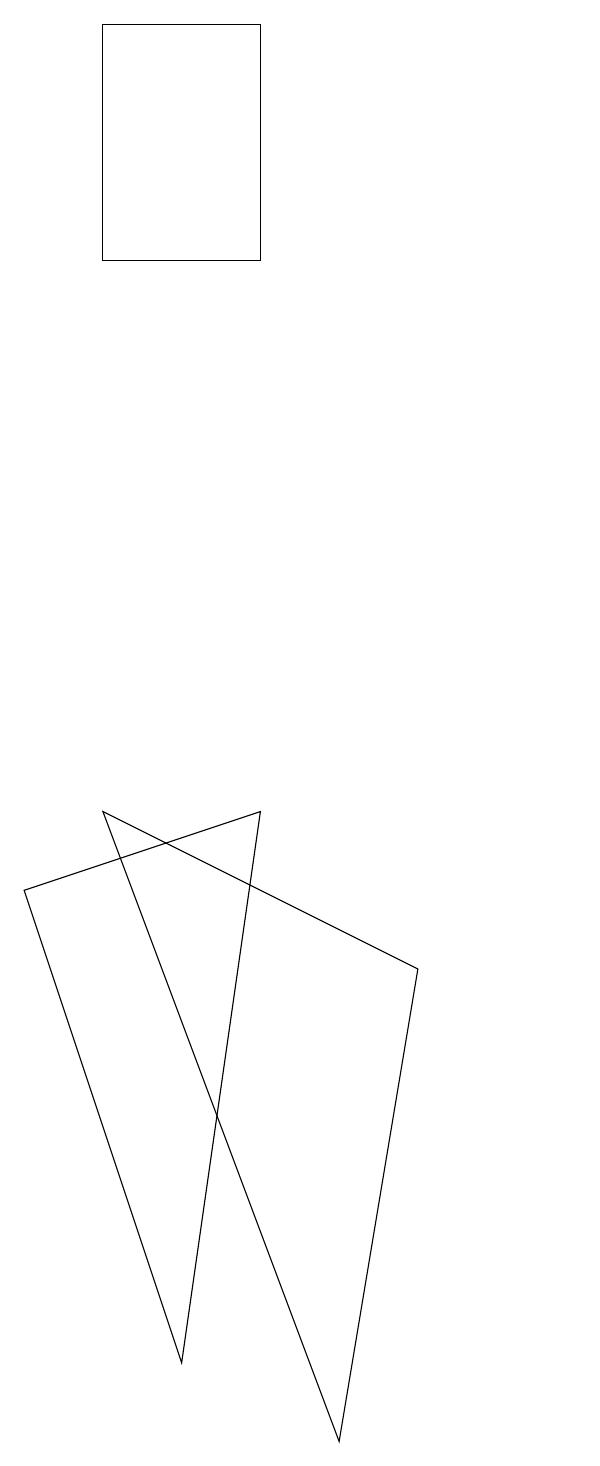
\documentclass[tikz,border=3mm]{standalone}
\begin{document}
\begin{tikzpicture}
\draw (3,7) -- (6,8) -- (5,1) -- cycle;
\draw (7,0) -- (4,8) -- (8,6) -- cycle;
\draw (6,18) rectangle (4,15);
\draw (10,10) circle (0);
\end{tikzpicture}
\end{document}